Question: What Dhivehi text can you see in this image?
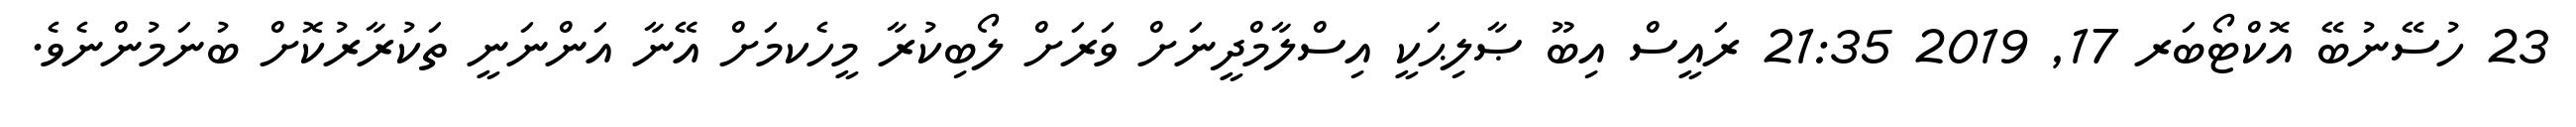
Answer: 23 ހުސޭނުބޭ އޮކްޓޯބަރ 17, 2019 21:35 ރައީސް އިބޫ ޞާލިޙަކީ އިސްލާމްދީނަށް ވަރަށް ލޯބިކުރާ މީހެކމަށް އޭނާ އަންނަނީ ތަކުރާރުކޮށް ބުނަމުންނެވެ.